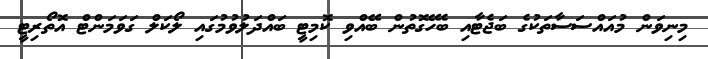
މިނިވަން މުއައްސަސާތަކުގެ ބަޖެޓާއި ބެހޭގޮތުން ބޭއްވި ކޮމިޓީ ބައްދަލުވުމުގައި ލޯކަލް ގަވަމަންޓް އޮތޯރިޓީ